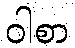
ဝါစာ